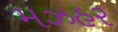
મઝહર